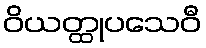
ဝိယတ္ထုပသေဝီ